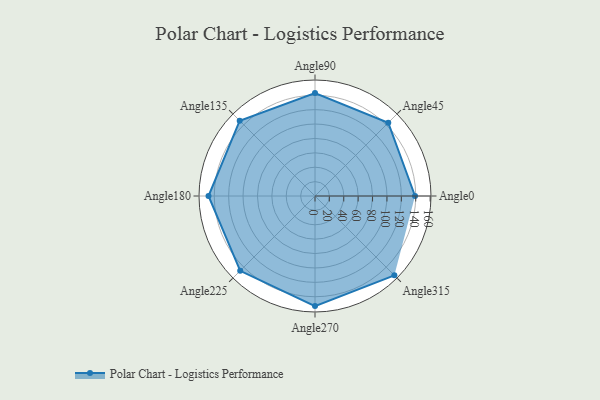
{"axis": {"x": "Angle", "y": "Radius"}, "legend": [""], "data": [{"x": "Angle0", "y": 139.0, "type": ""}, {"x": "Angle45", "y": 144.0, "type": ""}, {"x": "Angle90", "y": 143.0, "type": ""}, {"x": "Angle135", "y": 148.0, "type": ""}, {"x": "Angle180", "y": 148.0, "type": ""}, {"x": "Angle225", "y": 147.0, "type": ""}, {"x": "Angle270", "y": 153.0, "type": ""}, {"x": "Angle315", "y": 156.0, "type": ""}]}